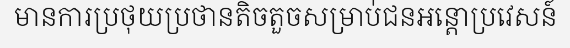
មានការប្រថុយប្រថានតិចតួចសម្រាប់ជនអន្តោប្រវេសន៍